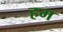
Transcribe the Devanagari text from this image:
हम